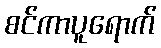
စင်ကာပူရောက်